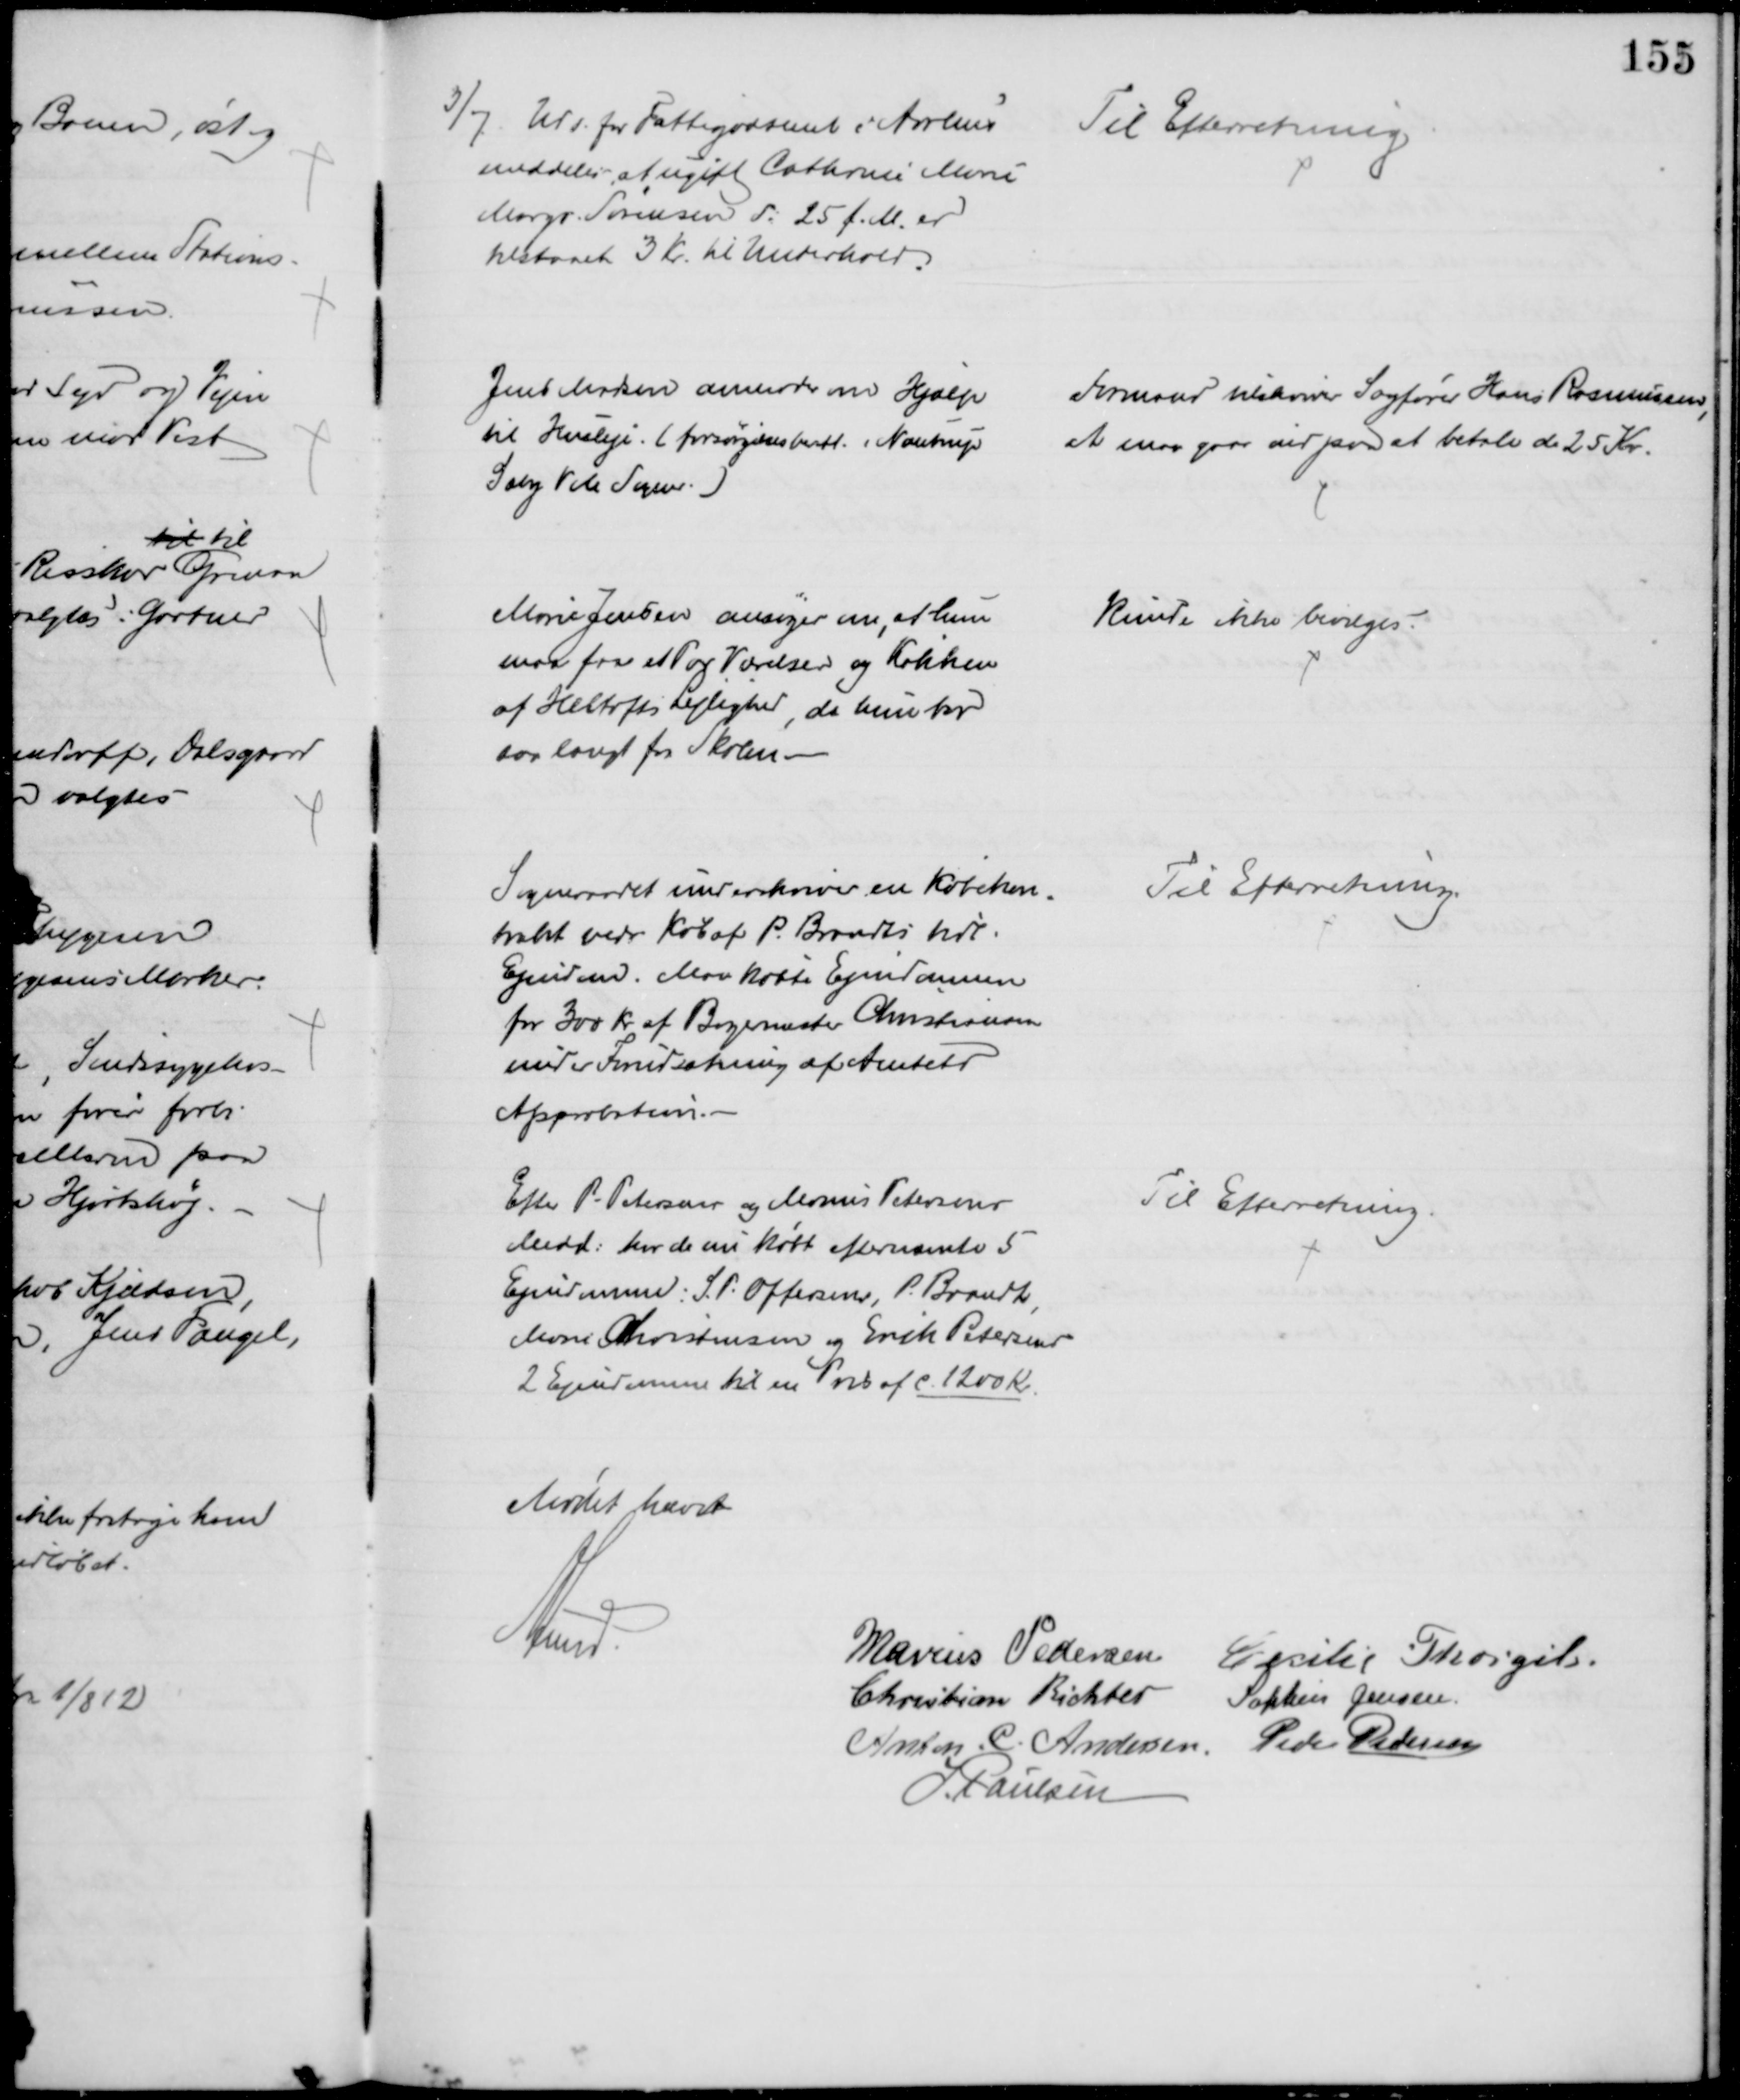
Transskription:
3/7. Udv. for Fattigvæsenet i Aarhus
meddeler, at ugift Cathrine Marie
Margr. Sørensen d: 25 f. M. er
tilstaaet 3 Kr. til Underhold.
Til Efterretning
Jens Madsen anmoder om Hjælp
til Husleje. (forsørgelsesberett. i Nautrup
Sæby Vile Sogn.)
Formand tilskriver Sagfører Hans Rasmussen
,
at man gaar ind paa at betale de 25 Kr.
Marie Jensen ansøger om, at hun
maa faa et Par Værelser og Køkken
af Heltofts Lejlighed, da hun bor
saa langt fra Skolen.
kunde ikke bevilges.
Sogneraadet underskriver en Købekon=
trakt vedr. Køb af P. Brandts tidl 
Ejendom. Man købte Ejendommen
for 300 Kr af Bagermester Christiansen
under Forudsætning af Amtets
Approbation.
Til Efterretning.
Efter P. Petersens og Marius Petersens
Medd: har de nu købt efternævnte 5
Ejendomme: S. P. Offersens, P. Brandts
Marie Christensen og Erik Petersens
2 Ejendomme til en Pris af c. 1200 Kr.
Til Efterretning.
Mødet hævet
A Lund
Marius Pedersen
Cecilie Thorgils.
Christian Richter
Sophus Jensen
Anton. C. Andersen Peder Pedersen
J. Poulsen